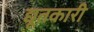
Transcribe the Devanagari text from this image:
द्यूतकारी